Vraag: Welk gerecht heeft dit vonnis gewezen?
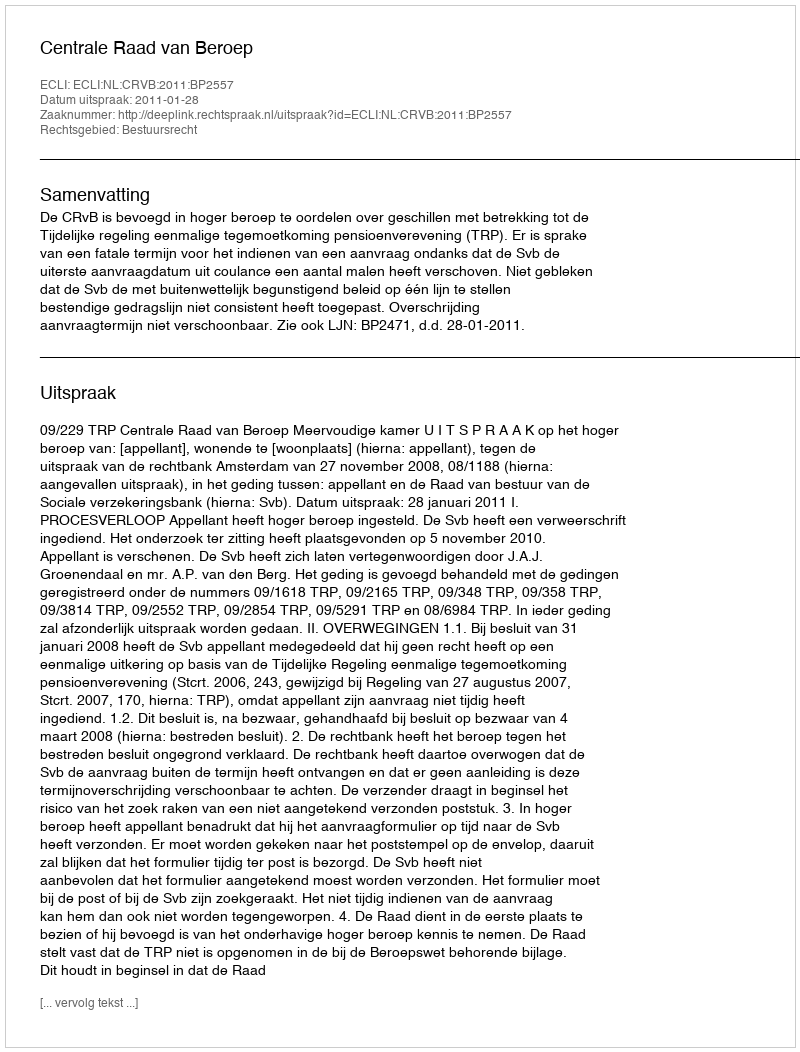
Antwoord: Centrale Raad van Beroep